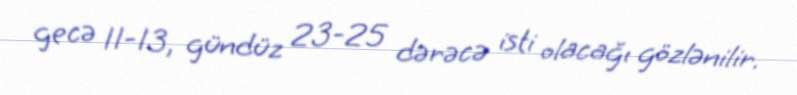
gecə 11-13, gündüz 23-25 dərəcə isti olacağı gözlənilir.